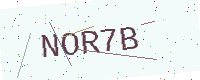
Text: NOR7B